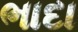
ભાદા